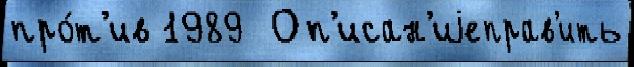
про́т'ив 1989  Оп'исан'иjеправ'ить